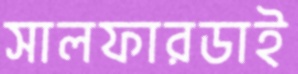
সালফারডাই